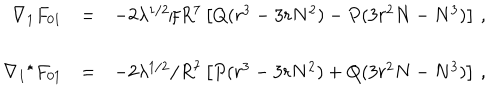
\begin{array} { r c l } { { \nabla _ { 1 } F _ { 0 1 } } } & { { = } } & { { - 2 \lambda ^ { 1 / 2 } / R ^ { 7 } \left[ Q ( r ^ { 3 } - 3 r N ^ { 2 } ) - P ( 3 r ^ { 2 } N - N ^ { 3 } ) \right] \, , } } \\ { { } } & { { } } & { { } } \\ { { \nabla _ { 1 } { } ^ { \star } F _ { 0 1 } } } & { { = } } & { { - 2 \lambda ^ { 1 / 2 } / R ^ { 7 } \left[ P ( r ^ { 3 } - 3 r N ^ { 2 } ) + Q ( 3 r ^ { 2 } N - N ^ { 3 } ) \right] \, , } } \\ \end{array}